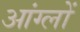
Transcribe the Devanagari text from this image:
आंग्लों